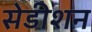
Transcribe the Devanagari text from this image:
सेडीशन